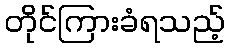
တိုင်ကြားခံရသည့်